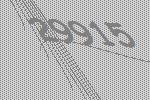
29915